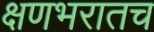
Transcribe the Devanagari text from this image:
क्षणभरातच